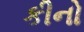
કીનો